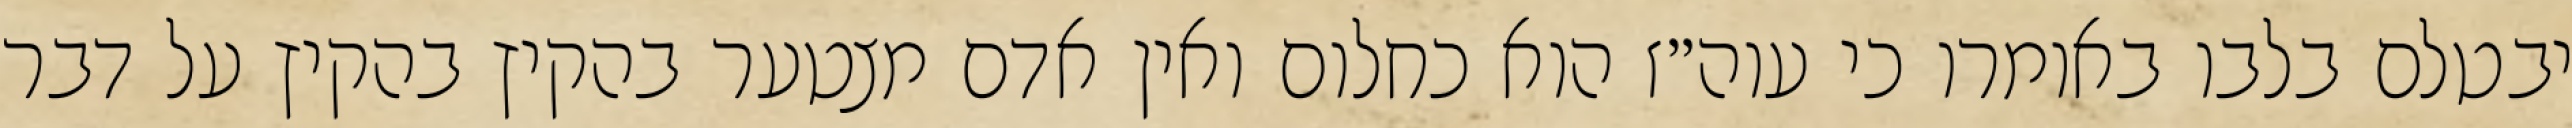
יבטלם בלבו באומרו כי עוה״ז הוא כחלום ואין אדם מצטער בהקיץ בהקיץ על דבר